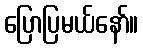
ပြောပြမယ်နော်။